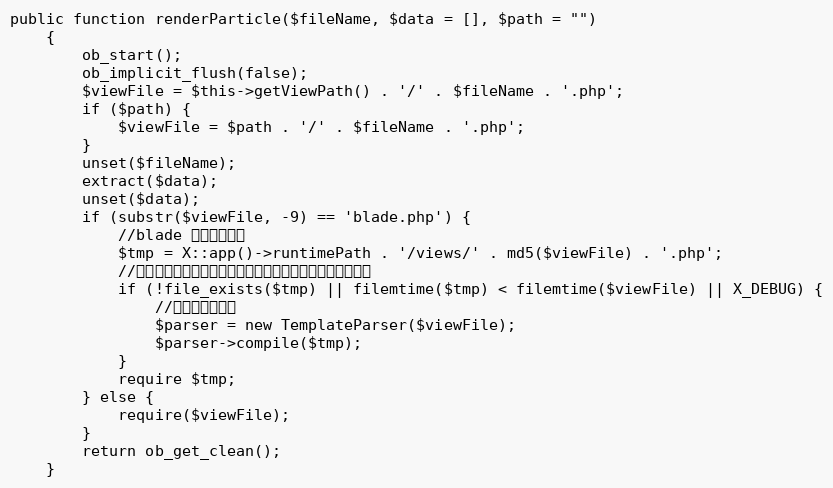
Language: PHP
public function renderParticle($fileName, $data = [], $path = "")
    {
        ob_start();
        ob_implicit_flush(false);
        $viewFile = $this->getViewPath() . '/' . $fileName . '.php';
        if ($path) {
            $viewFile = $path . '/' . $fileName . '.php';
        }
        unset($fileName);
        extract($data);
        unset($data);
        if (substr($viewFile, -9) == 'blade.php') {
            //blade 需要解析模板
            $tmp = X::app()->runtimePath . '/views/' . md5($viewFile) . '.php';
            //当编译文件不存在，或者模板文件修改过，则生成编译文件
            if (!file_exists($tmp) || filemtime($tmp) < filemtime($viewFile) || X_DEBUG) {
                //引入模板解析类
                $parser = new TemplateParser($viewFile);
                $parser->compile($tmp);
            }
            require $tmp;
        } else {
            require($viewFile);
        }
        return ob_get_clean();
    }